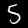
Label: 5